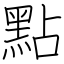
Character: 點